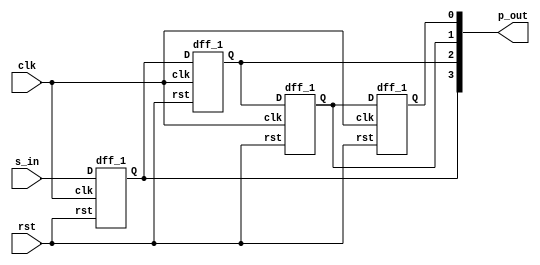
`timescale 1ns / 1ps

module sipo_1(clk,rst,s_in,p_out);
input clk,rst,s_in;
output [3:0]p_out;
dff_1 u0(s_in,clk,rst,p_out[3]);
dff_1 u1(p_out[3],clk,rst,p_out[2]);
dff_1 u2(p_out[2],clk,rst,p_out[1]);                               
dff_1 u3(p_out[1],clk,rst,p_out[0]);
endmodule

module dff_1(D, clk, rst, Q);
input D, clk, rst;
output reg Q;

always@(posedge clk) begin
if ({rst})
Q <= 1'b0;
else 
Q <= D;
end 
endmodule